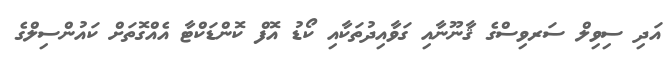
އަދި ސިވިލް ސަރވިސްގެ ޤާނޫނާއި ގަވާއިދުތަކާއި ކޯޑު އޮފް ކޮންޑަކްޓާ އެއްގޮތަށް ކައުންސިލްގެ